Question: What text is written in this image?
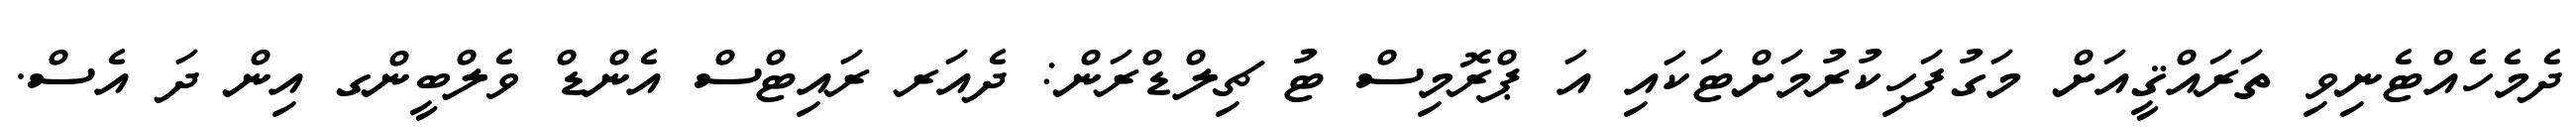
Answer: ދެމެހެއްޓެނިވި ތަރައްޤީއަށް މަގުފަހިކުރުމަށްޓަކައި އަ ޕްރޮމިސް ޓު ޗިލްޑްރަން: ދެއަރ ރައިޓްސް އެންޑް ވެލްބީންގ އިން ދަ އެސް.